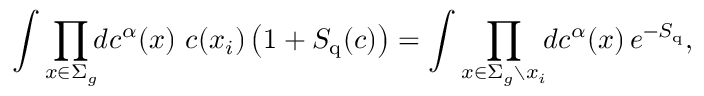
\int \prod _ { x \in \Sigma _ { g } } \! \! d c ^ { \alpha } ( x ) \, \, c ( x _ { i } ) \left( 1 + S _ { \mathrm { q } } ( c ) \right) = \int \prod _ { x \in \Sigma _ { g } \setminus x _ { i } } \! \! d c ^ { \alpha } ( x ) \, e ^ { - S _ { \mathrm { q } } } ,